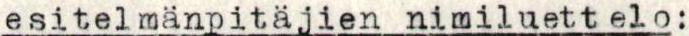
esitelmänpitäjien nimiluettelo: